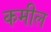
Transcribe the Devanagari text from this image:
कमील